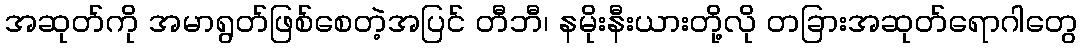
အဆုတ်ကို အမာရွတ်ဖြစ်စေတဲ့အပြင် တီဘီ၊ နမိုးနီးယားတို့လို တခြားအဆုတ်ရောဂါတွေ